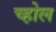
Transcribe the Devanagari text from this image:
च्होल